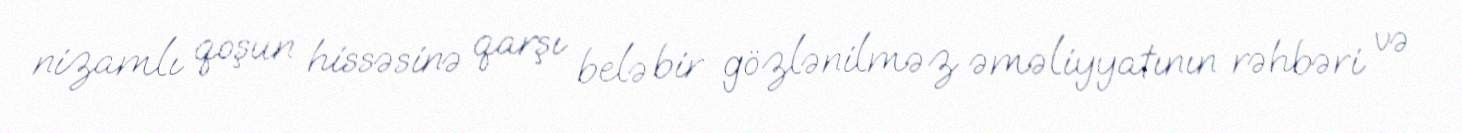
nizamlı qoşun hissəsinə qarşı belə bir gözlənilməz əməliyyatının rəhbəri və